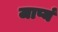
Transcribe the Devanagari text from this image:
जाप्यं